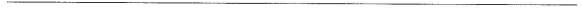
___